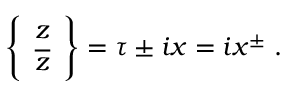
\left\{ \begin{array} { c } { { z } } \\ { { \overline { { z } } } } \end{array} \right\} = \tau \pm i x = i x ^ { \pm } \; .